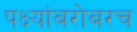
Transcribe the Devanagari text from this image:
पक्ष्यांबरोबरच